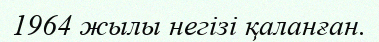
1964 жылы негізі қаланған.